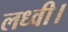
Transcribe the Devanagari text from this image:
लध्वी।